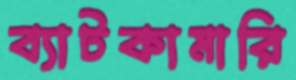
ব্যাটকামারি